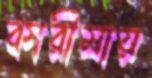
কারীমায়